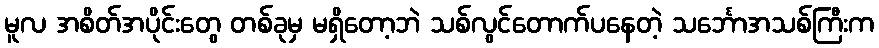
မူလ အစိတ်အပိုင်းတွေ တစ်ခုမှ မရှိတော့ဘဲ သစ်လွင်တောက်ပနေတဲ့ သင်္ဘောအသစ်ကြီးက